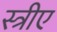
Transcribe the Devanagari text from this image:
स्त्रीए